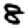
Digit: 8